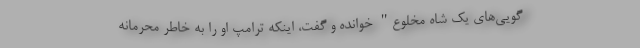
گویی‌های یک شاه مخلوع" خوانده و گفت، اینکه ترامپ او را به خاطر محرمانه